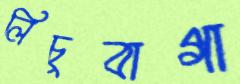
লিচুবাগা